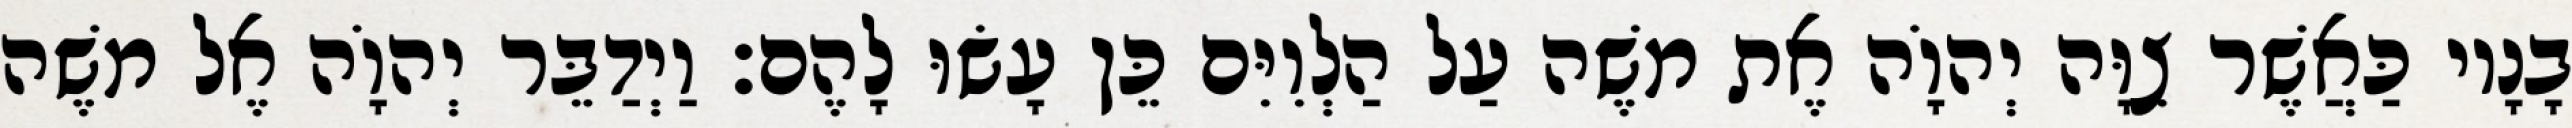
בָנָיו כַּאֲשֶׁר צִוָּה יְהוָֹה אֶת משֶׁה עַל הַלְוִיִּם כֵּן עָשׂוּ לָהֶם׃ וַיְדַבֵּר יְהוָֹה אֶל משֶׁה